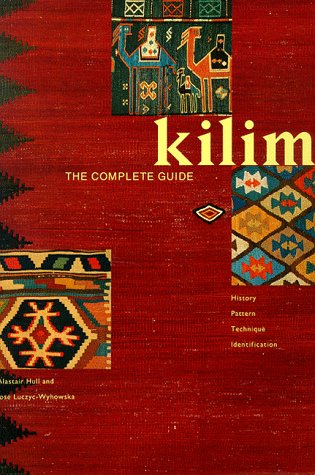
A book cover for Kilim: The Complete Guide, History,  Pattern ,  Technique ,  Identification; Alastair Hull; Crafts, Hobbies & Home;